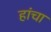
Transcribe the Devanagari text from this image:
हांचा